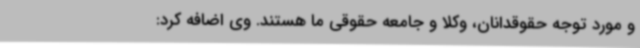
و مورد توجه حقوقدانان، وکلا و جامعه حقوقی ما هستند. وی اضافه کرد: